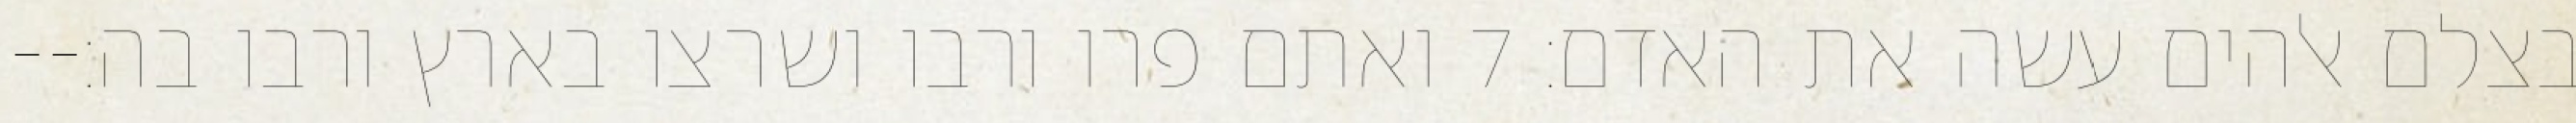
בצלם אלהים עשה את האדם׃ ‎7‏ ואתם פרו ורבו ושרצו בארץ ורבו בה׃--